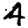
Digit: 4